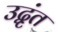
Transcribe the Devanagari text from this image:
उद्वृंत